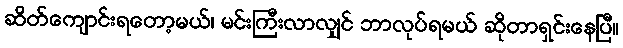
ဆိတ်ကျောင်းရတော့မယ်၊ မင်းကြီးလာလျှင် ဘာလုပ်ရမယ် ဆိုတာရှင်းနေပြီ။